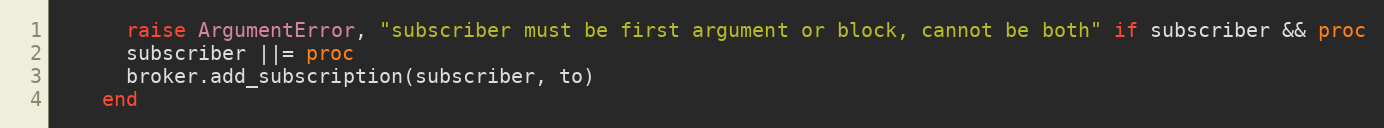
Language: Ruby
      raise ArgumentError, "subscriber must be first argument or block, cannot be both" if subscriber && proc
      subscriber ||= proc
      broker.add_subscription(subscriber, to)
    end